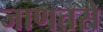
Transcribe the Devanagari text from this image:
जाणतसे